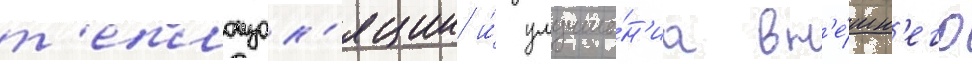
т'еплоизол'яции и́ улучше́н'иа вн'е́шн'его